Plague in India, 1896, 1897 - Volume 3
Year: 1896
Disease focus: Plague
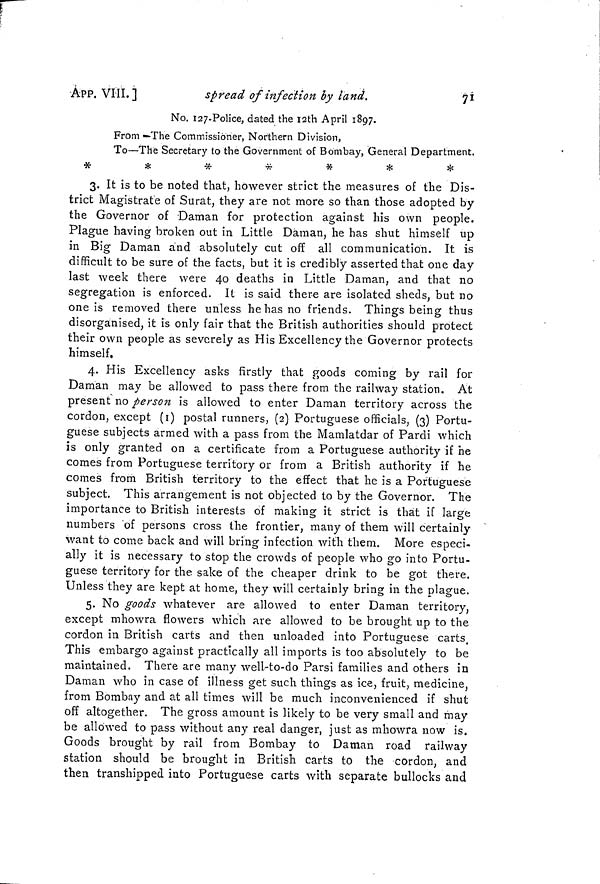
71
ÁPP. VIII. i
spread of infection by land.
No. 127-Police, dated the I2th April 1897.
From —The Commissioner, Northern Division,
To—The Secretary to the Government of Bombay, General Department.
*
*
*
*
*
*
*
3. It is to be noted that, however strict the measures of the Dis-
trict Magistrate of Surat, they are not more so than those adopted by
the Governor of Daman for protection against his own people.
Plague having broken out in Little Daman, he has shut himself up
in Big Daman and absolutely cut off all communication. It is
difficult to be sure of the facts, but it is credibly asserted that one day
last week there were 40 deaths in Little Daman, and that no
segregation is enforced. It is said there are isolated sheds, but no
one is removed there unless he has no friends. Things being thus
disorganised, it is only fair that the British authorities should protect
their own people as severely as His Excellency the Governor protects
himself.
4. His Excellency asks firstly that goods coming by rail for
Daman may be allowed to pass there from the railway station. At
present no person is allowed to enter Daman territory across the
cordon, except (1) postal runners, (2) Portuguese officials, (3) Portu-
guese subjects armed with a pass from the Mamlatdar of Pardi which
is only granted on a certificate from a Portuguese authority if he
comes from Portuguese territory or from a British authority if he
comes from British territory to the effect that he is a Portuguese
subject. This arrangement is not objected to by the Governor. The
importance to British interests of making it strict is that if large
numbers of persons cross the frontier, many of them will certainly
want to come back and will bring infection with them. More especi-
ally it is necessary to stop the crowds of people who go into Portu-
guese territory for the sake of the cheaper drink to be got there.
Unless they are kept at home, they will certainly bring in the plague.
5. No goods whatever are allowed to enter Daman territory,
except mhowra flowers which are allowed to be brought up to the
cordon in British carts and then unloaded into Portuguese carts.
This embargo against practically all imports is too absolutely to be
maintained. There are many well-to-do Parsi families and others in
Daman who in case of illness get such things as ice, fruit, medicine,
from Bombay and at all times will be much inconvenienced if shut
off altogether. The gross amount is likely to be very small and may
be allowed to pass without any real danger, just as mhowra now is.
Goods brought by rail from Bombay to Daman road railway
station should be brought in British carts to the cordon, and
then transhipped into Portuguese carts with separate bullocks and